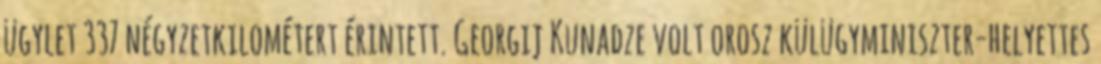
ügylet 337 négyzetkilométert érintett. Georgij Kunadze volt orosz külügyminiszter-helyettes